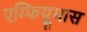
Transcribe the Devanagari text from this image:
एम्फियूमास